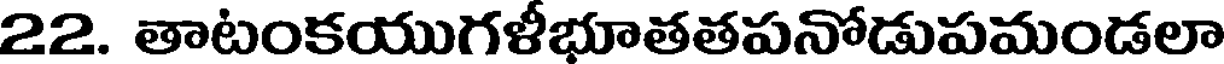
22. తాటంకయుగళీభూతతపనోడుపమండలా